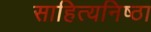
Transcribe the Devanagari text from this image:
साहित्यनिष्ठा